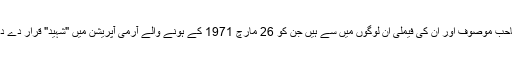
ڈاکٹر صاحب موصوف اور ان کی فیملی ان لوگوں میں سے ہیں جن کو 26 مارچ 1971 کے ہونے والے آرمی آپریشن میں "شہید" قرار دے دیا گیا تھا۔